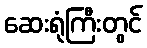
ဆေးရုံကြီးတွင်